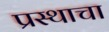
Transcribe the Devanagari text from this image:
प्रस्थाचा